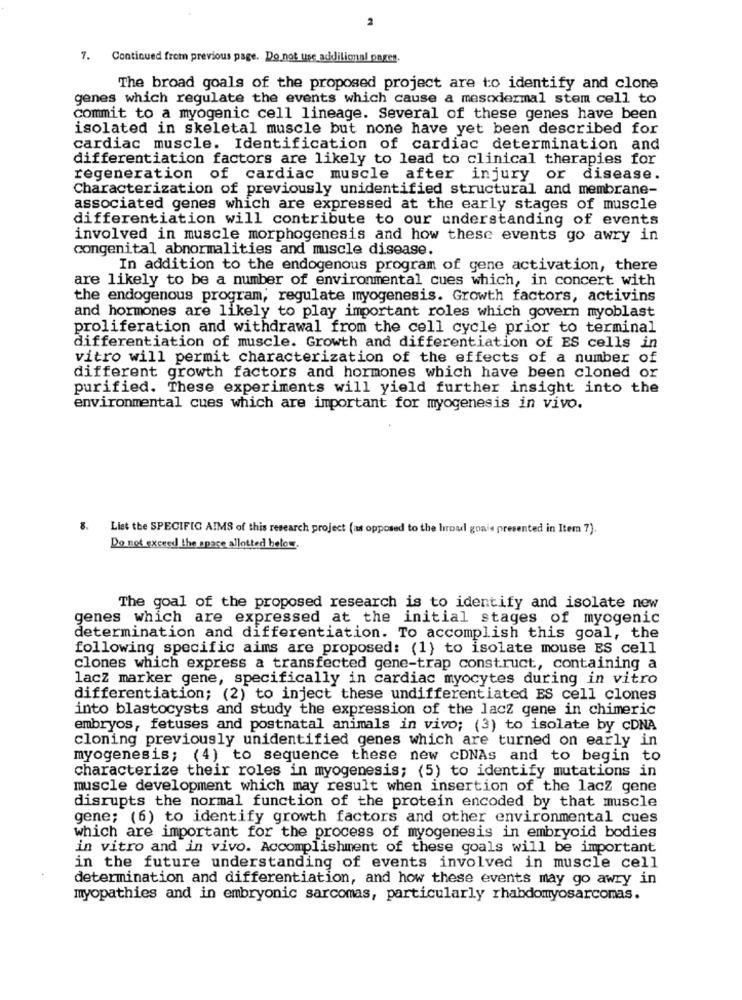
2
7. Continued from previous page. Do not use additional onges.
The broad goals of the proposed project are to identify and clone
genes which regulate the events which cause a mesodermal stem cell to
commit to a myogenic cell lineage. Several of these genes have been
isolated in skeletal muscle but none have yet been described for
cardiac muscle. Identification of cardiac determination and
differentiation factors are likely to lead to clinical therapies for
regeneration of cardiac muscle after injury or disease.
Characterization of previously unidentified structural and membrane-
associated genes which are expressed at the early stages of muscle
differentiation will contribute to our understanding of events
involved in muscle morphogenesis and how these events go awry in
congenital abnormalities and muscle disease.
In addition to the endogenous program of gene activation, there
are likely to be a number of environmental cues which, in concert with
the endogenous program, regulate myogenesis. Growth factors, activins
and hormones are likely to play important roles which govern myoblast
proliferation and withdrawal from the cell cycle prior to terminal
differentiation of muscle. Growth and differentiation of ES cells in
vitro will permit characterization of the effects of a number of
different growth factors and hormones which have been cloned or
purified. These experiments will yield further insight into the
environmental cues which are important for myogenesis in vivo.
8.
List the SPECIFIC AIMS of this research project (as opposed to the biroul goais presented in Item 7).
Do not exceed the space allotted below.
The goal of the proposed research is to identify and isolate new
genes which are expressed at the initial stages of myogenic
determination and differentiation. To accomplish this goal, the
following specific aims are proposed: (1} to isolate mouse ES cell
clones which express a transfected gene-trap construct, containing a
lacz marker gene, specifically in cardiac myocytes during in vitro
differentiation; (2) to inject these undifferentiated ES cell clones
into blastocysts and study the expression of the lacz gene in chimeric
embryos, fetuses and postnatal animals in vivo; (3) to isolate by cDNA
cloning previously unidentified genes which are turned on early in
myogenesis; (4) to sequence these new cDNAs and to begin to
characterize their roles in myogenesis; (5) to identify mutations in
muscle development which may result when insertion of the lacz gene
disrupts the normal function of the protein encoded by that muscle
gene; (6) to identify growth factors and other environmental cues
which are important for the process of myogenesis in embryoid bodies
in vitro and in vivo. Accomplishment of these goals will be important
in the future understanding of events involved in muscle cell
determination and differentiation, and how these events may go awry in
myopathies and in embryonic sarcomas, particularly rhabdomyosarcomas.